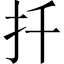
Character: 扦